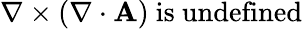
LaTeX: \nabla\times(\nabla\cdot\mathbf{A})\ {\mathrm{is~undefined}}